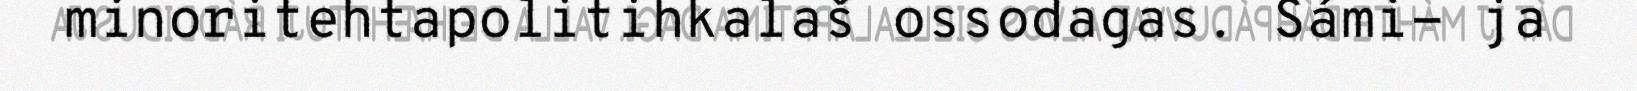
minoritehtapolitihkalaš ossodagas. Sámi- ja